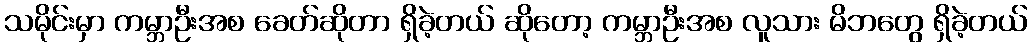
သမိုင်းမှာ ကမ္ဘာဦးအစ ခေတ်ဆိုတာ ရှိခဲ့တယ် ဆိုတော့ ကမ္ဘာဦးအစ လူသား မိဘတွေ ရှိခဲ့တယ်